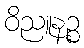
ဝိညူနဉ္စ